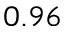
0 . 9 6